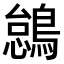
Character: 𫛋